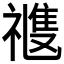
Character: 𥛭